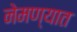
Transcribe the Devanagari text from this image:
नेमण्‍यात